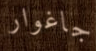
جاغوار